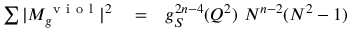
\begin{array} { r l r } { \sum \vert M _ { g } ^ { \mathrm { ~ v ~ i ~ o ~ l ~ } } \vert ^ { 2 } } & { { } = } & { g _ { S } ^ { 2 n - 4 } ( Q ^ { 2 } ) ~ N ^ { n - 2 } ( N ^ { 2 } - 1 ) } \end{array}